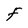
Character: F